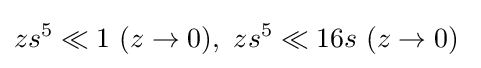
zs^{5}\ll 1\ (z\to 0),\ zs^{5}\ll 16s\ (z\to 0)\